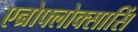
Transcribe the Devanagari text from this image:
एन्रोफ्लोक्सासिं